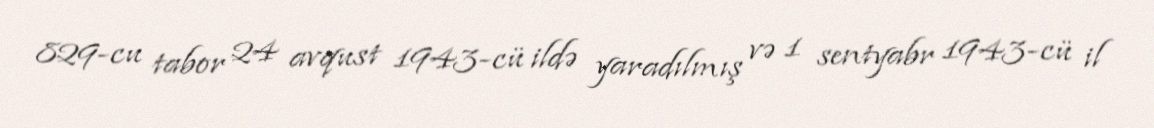
829-cu tabor 24 avqust 1943-cü ildə yaradılmış və 1 sentyabr 1943-cü il